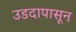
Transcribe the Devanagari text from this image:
उडदापासून